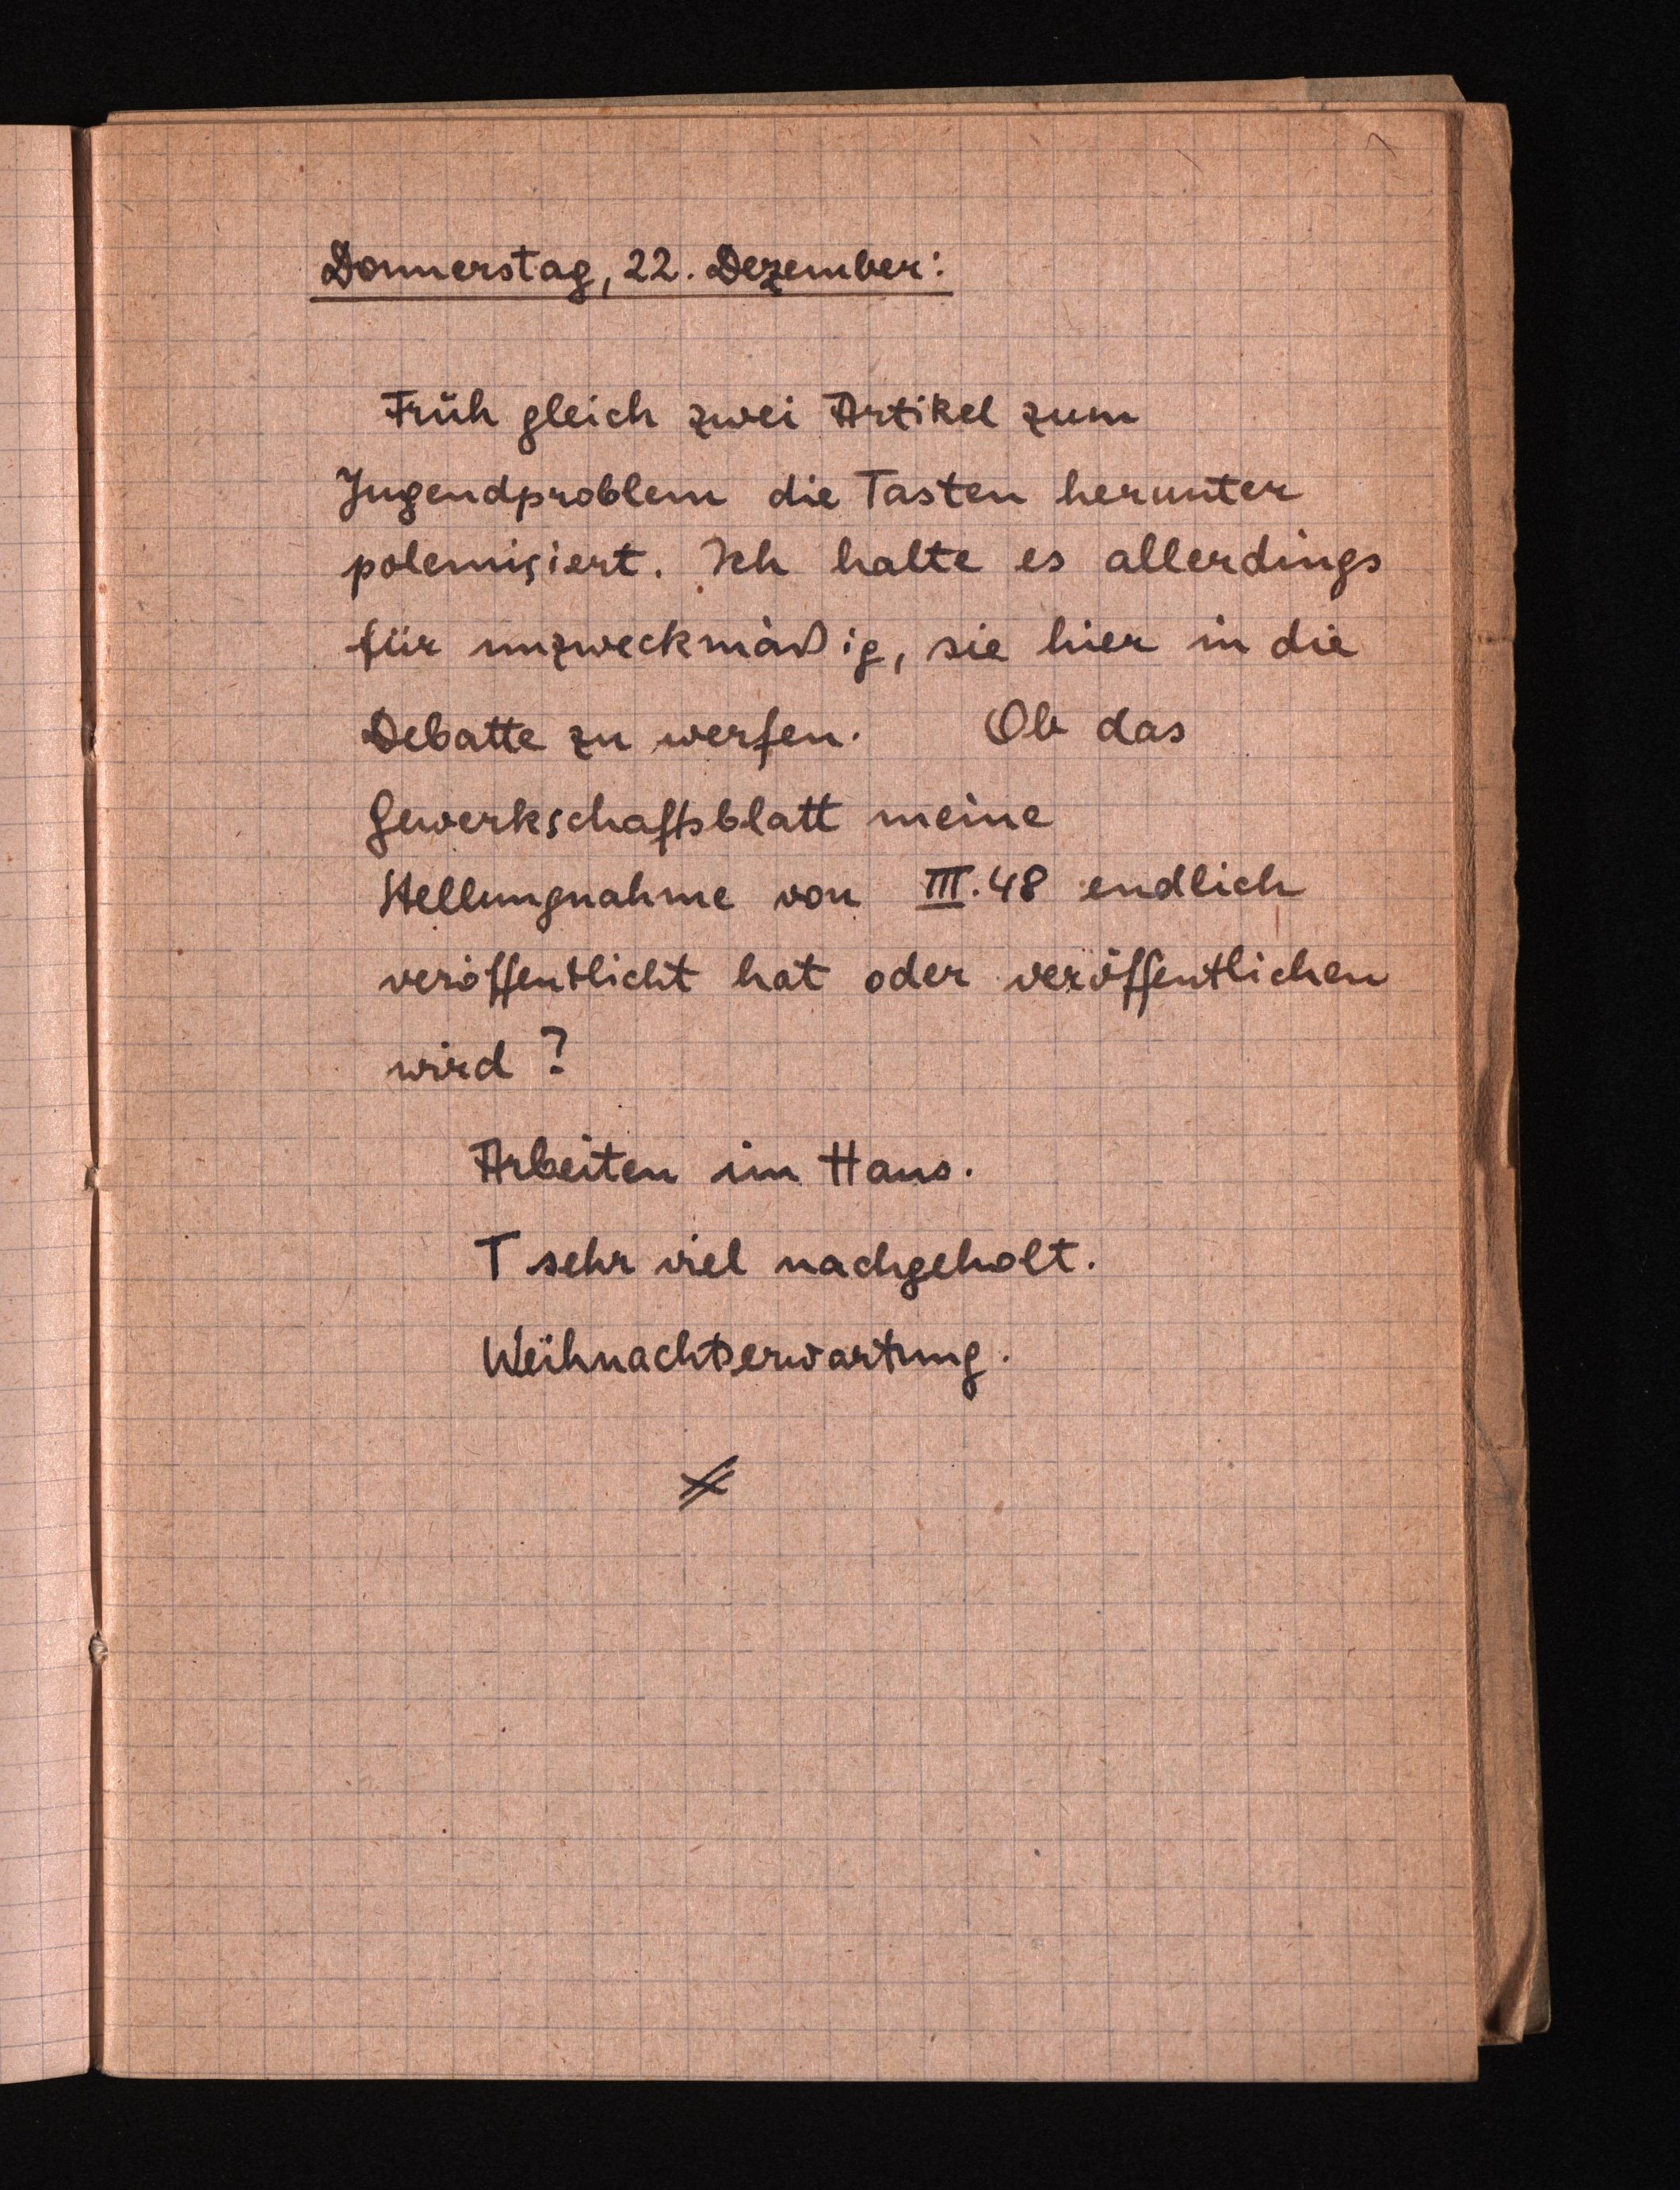
Donnerstag, 22. Dezember:
Früh gleich zwei Artikel zum
Jugendproblem die Tasten herunter
poleinsiert. Ich halte es allerdings
für unzweckmäßig, sie hier in die
bebatte zu werfen. Ob das
gewerkschaftsblatt meine
Stellungnahme von III.48 endlich
veroffentlicht hat oder veröffentlichen
wird?
Arbeiten im Hauo.
T sehr viel nachgeholt.
Weihnachtserwartung.